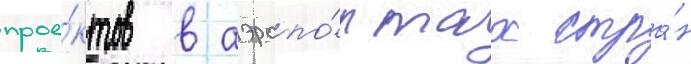
прое́ктов в аэропо́ртах стра́н